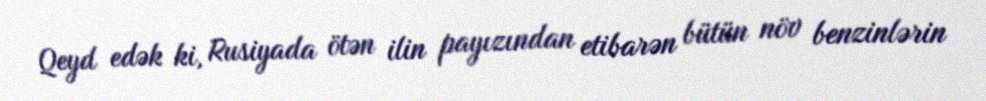
Qeyd edək ki, Rusiyada ötən ilin payızından etibarən bütün növ benzinlərin